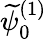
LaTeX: \widetilde{\psi}_{0}^{(1)}